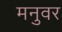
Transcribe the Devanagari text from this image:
मनुवर